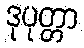
ဒုပုတ္တာ